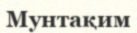
Мунтақим